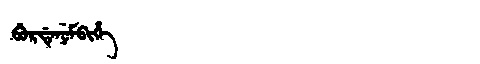
Manchu: ᠪᡠᡵᡩᡝᠨᡠᠮᠪᡳᡥᡝ
Romanization: BURDENUMBIHE